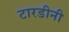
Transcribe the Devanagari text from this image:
टारडीनी